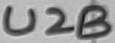
Text: U2B